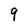
Character: 9